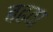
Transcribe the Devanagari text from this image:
बढवा